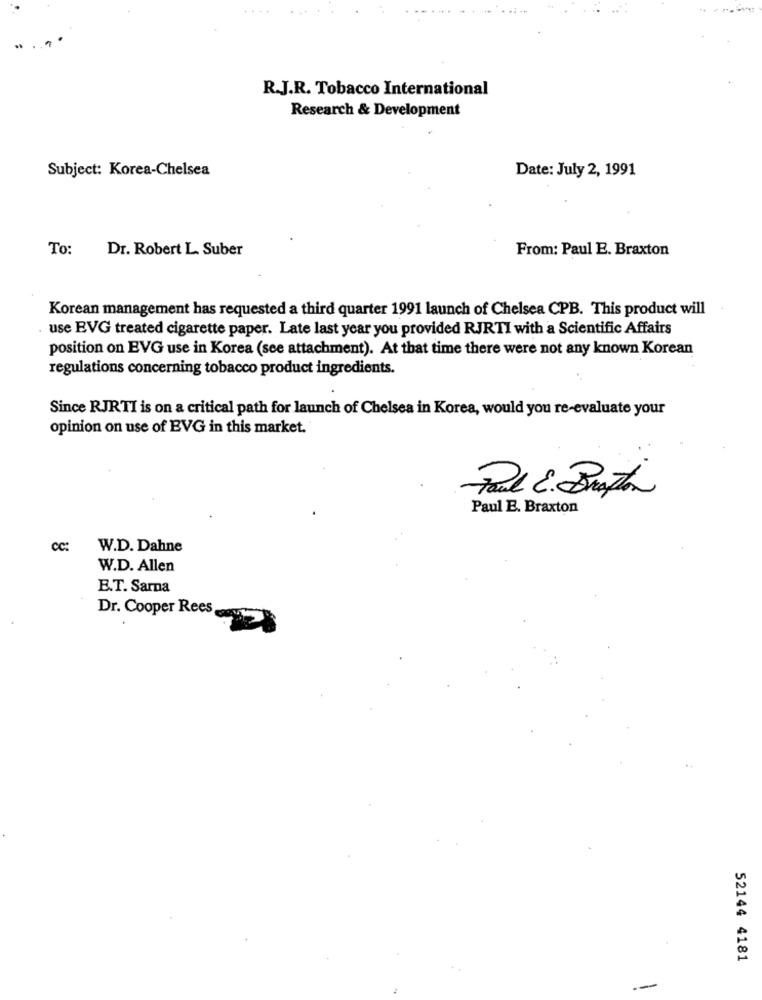
R.J.R. Tobacco International
Research & Development
Subject: Korea-Chelsea
Date: July 2, 1991
To:
Dr. Robert L. Suber
From: Paul E. Braxton
Korean management has requested a third quarter 1991 launch of Chelsea CPB. This product will
use EVG treated cigarette paper. Late last year you provided RJRTI with a Scientific Affairs
position on EVG use in Korea (see attachment). At that time there were not any known Korean
regulations concerning tobacco product ingredients.
Since RJRTI is on a critical path for launch of Chelsea in Korea, would you re-evaluate your
opinion on use of EVG in this market.
Paul E. Braxton
cc:
W.D. Dahne
W.D. Allen
E.T. Sarna
Dr. Cooper Rees
52144 4181
--